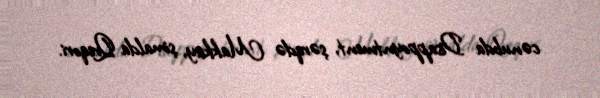
cənubda Disappoyntment, şərqdə Makkay, şimalda Qreqori.